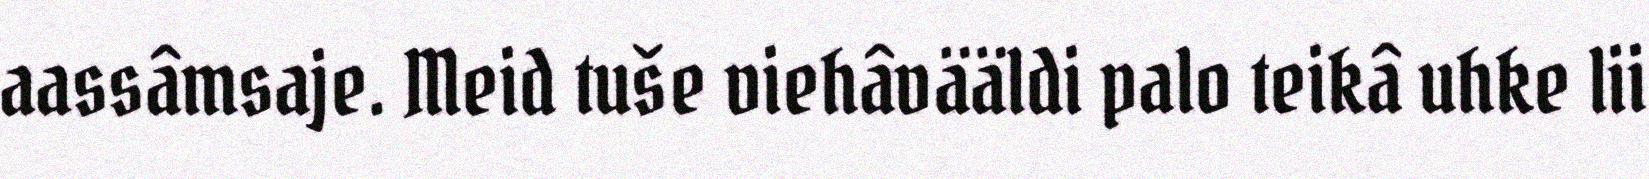
aassâmsaje. Meid tuše viehâvääldi palo teikâ uhke lii